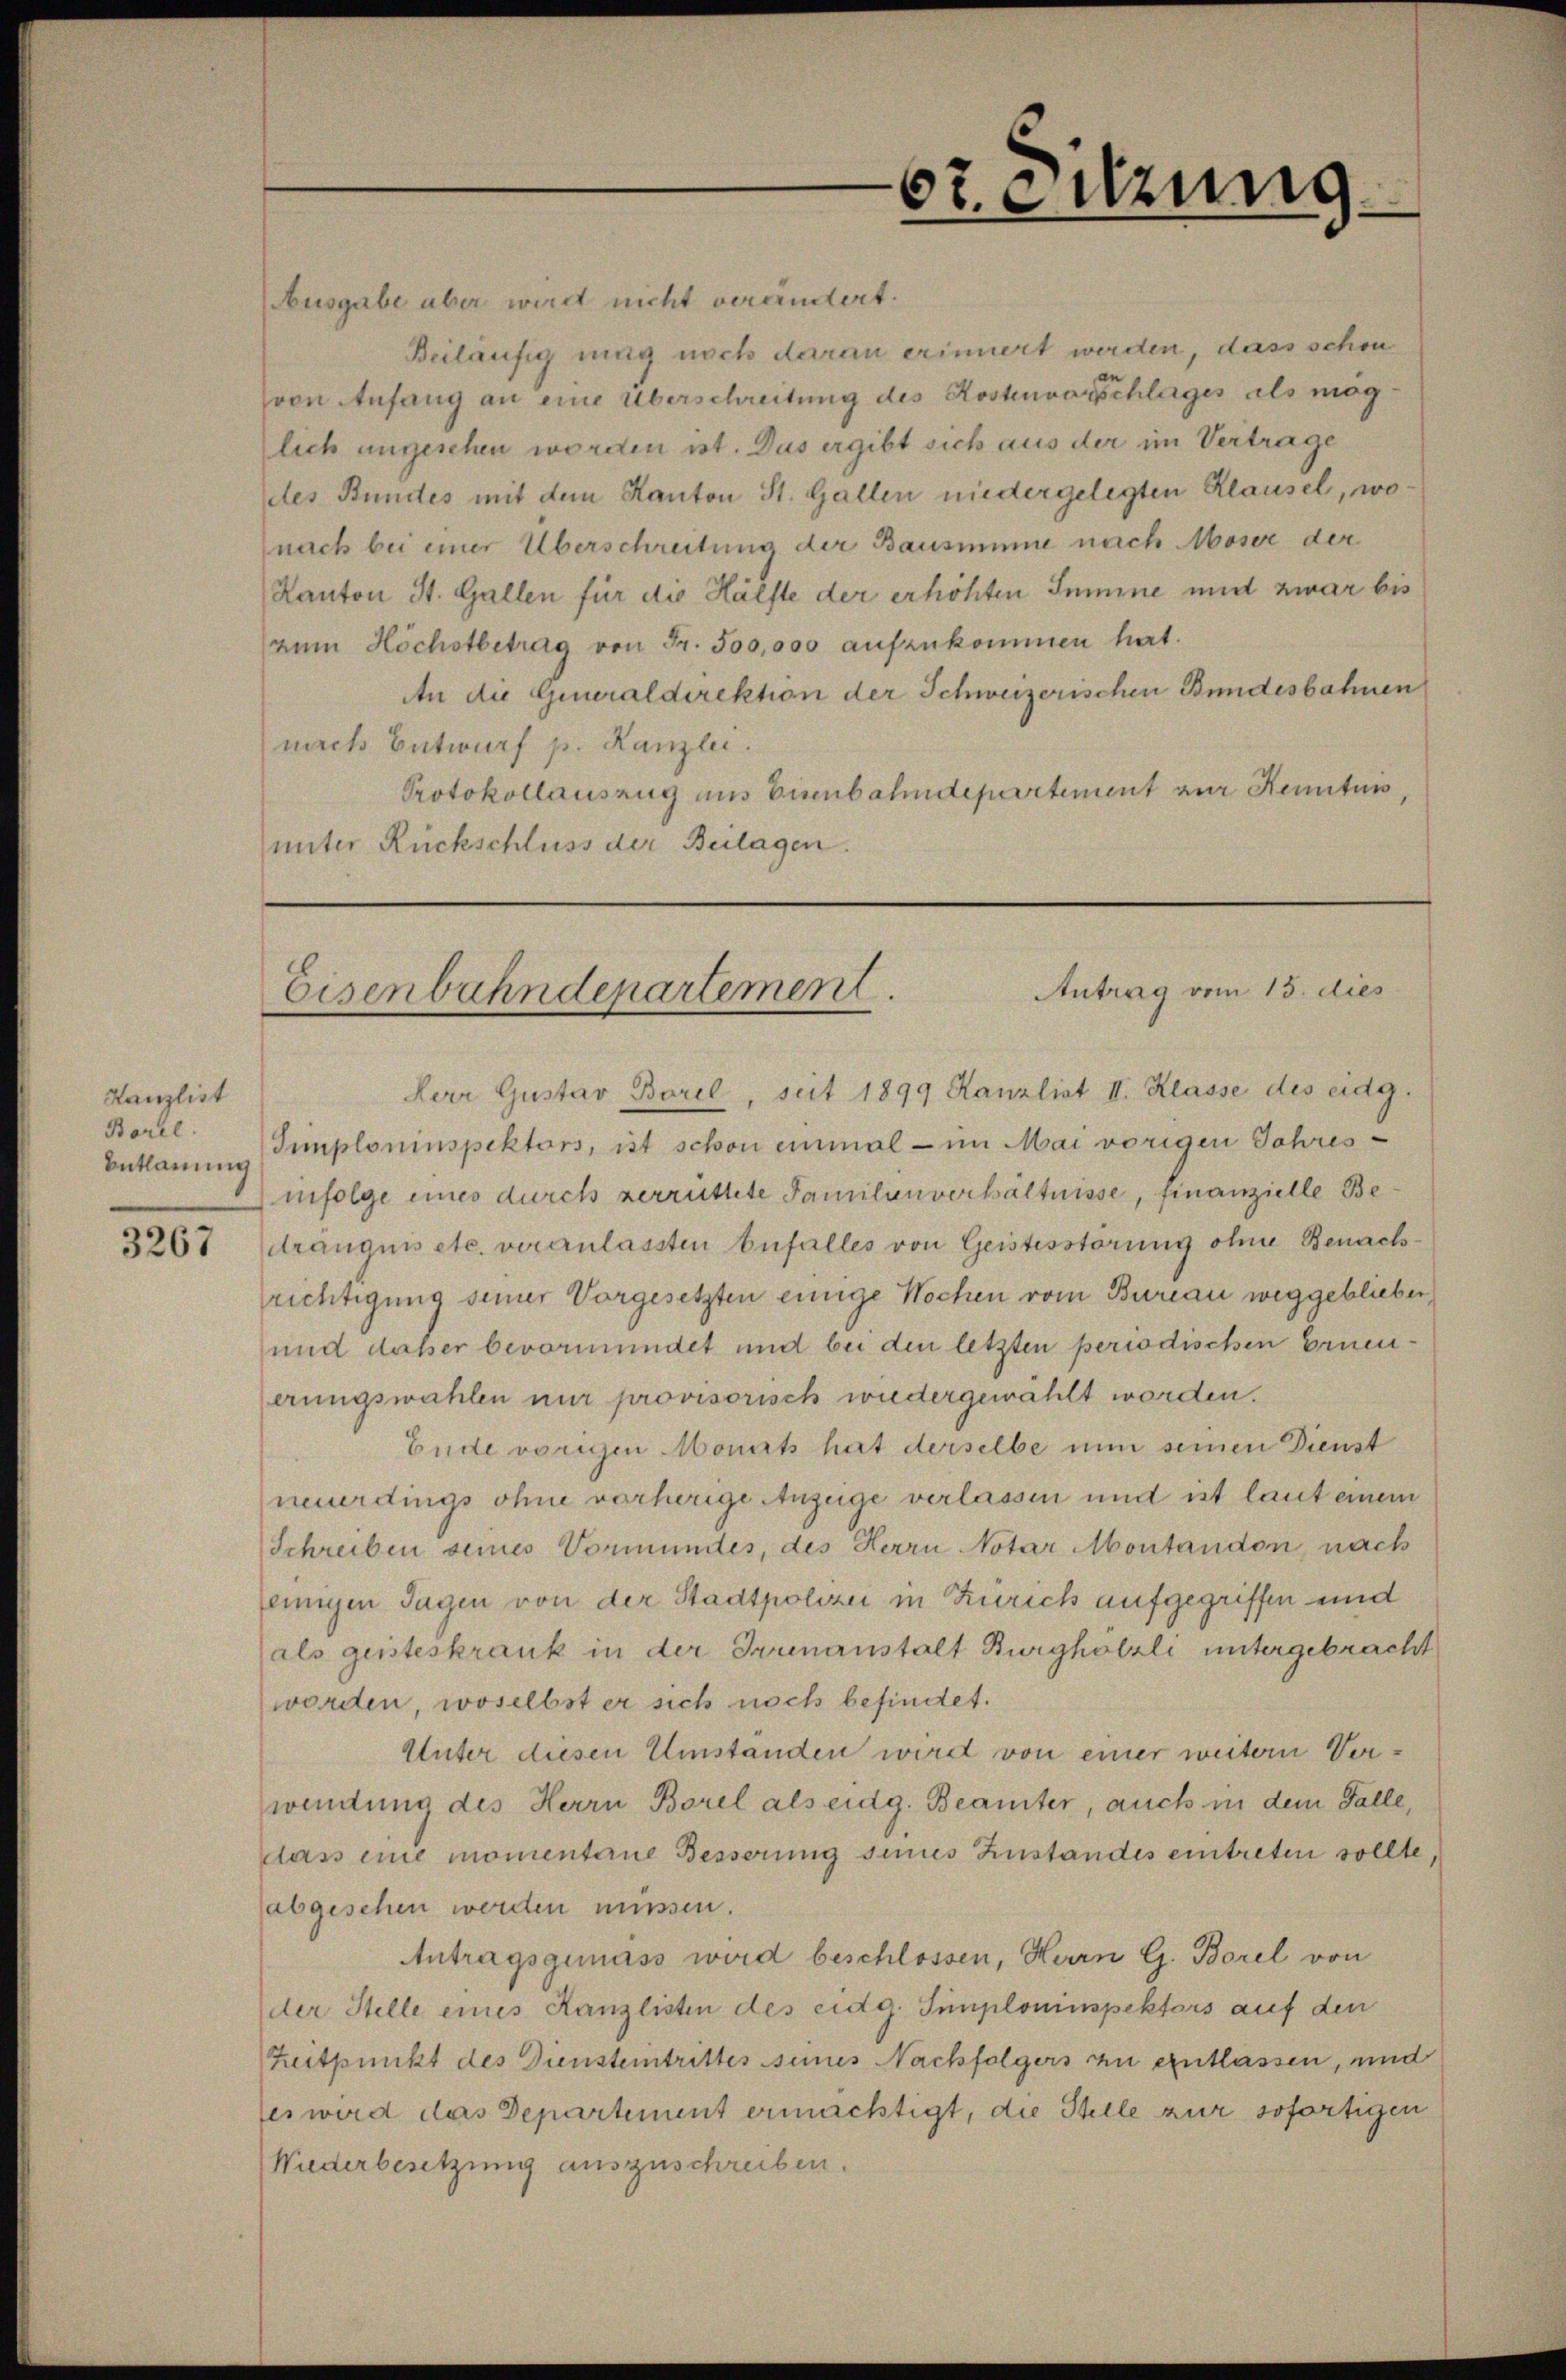
Hanzlist
Borel.
Entlanung

Ausgabe aber wird nicht verändert.
Beiläufig mag noch darau erinnert werden, dass schon
von Anfang an eine Überschreitung des Kostenvorschlages als mög
lich angesehen worden ist. Das ergibt sich aus der im Vertrage
des Bundes mit dem Kanton St. Gallen niedergelegten Klausel, wonach bei einer Überschreitung der Bausminne nach Moser der
Kanton St. Gallen für die Hälfte der erhöhten Sumine und zwar bis
zum Höchstbetrag von Fr. 500,000 aufzukommen hat.
An die Generaldirektion der Schweizerischen Bundesbahnen
nach Entwurf p. Kanzlei.
Protokollauszug aus Eisenbahndepartement zur Kenntnis
unter Rückschluss der Beilagen.

67 eizung

Antrag vom 15. dies
Eisenbahndepartement.

Herr Gustav Borel, seit 1899 Kanzlist II. Klasse des eidg.
Simploninspektors, ist schon einmal - im Mai vorigen Jahres-
infolge eines durch verrüttete Familanverhältnisse, finanzielle Be¬
3267 (dranguis etc. veranlassten befalles von Geistesstörung ohne Benachrichtigung seiner Vorgesetzten einige Wochen vom Bureau weggeblieber
und daher bevormundet und bei den letzten periodischen Erneuerungswahlen nur provisorisch wiedergewählt worden.
Ende vorigen Monats hat derselbe nun seinen Dienst
neuerdings ohne vorherige Anzeige verlassen und ist laut einem
Schreiben seines Vormundes, des Herrn Notar Montandon, nach
jeinigen Tagen von der Stadtpolizei in Zürich aufgegriffen und
als geisteskrank in der Irrenanstalt Burghölzli untergebracht
worden, woselbst er sich noch befindet.
Unter diesen Umständen wird von einer weitern Verwendung des Herrn Borel als eidg. Beamter, auch in dem Falle,
dass eine momenterne Besserung sinnes Zustandes eintreten sollte,
abgesehen werden müssen.
Antragsgemäss wird beschlossen, Herrn G. Borel von
der Stelle eines Kanzlisten des eidg. Simploninspektors auf den
Zeitpunkt des Diensteintrittes seines Nachfolgers zu entlassen, und
(es wird das Departement ermächtigt, die Stelle zur sofortigen
Niederbesetzung auszuschreiben.